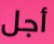
أجل